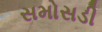
સમોસડી